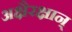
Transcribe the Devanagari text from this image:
अक्षैरक्षान्